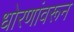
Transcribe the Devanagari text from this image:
धोरणांवरून